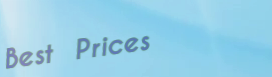
Best Prices